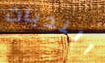
الندبات